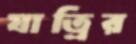
যাত্রির